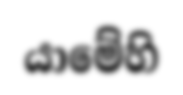
යාමේහි